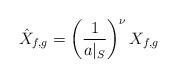
LaTeX: \begin{align*}\hat{X}_{f,g}=\left(\frac{1}{a|_S}\right)^{\nu} X_{f,g}\end{align*}